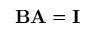
\mathbf { B A } = \mathbf { I }